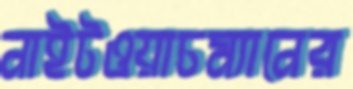
নাইটওয়াচম্যানের